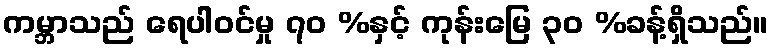
ကမ္ဘာသည် ရေပါဝင်မှု ၇၀ %နှင့် ကုန်းမြေ ၃၀ %ခန့်ရှိသည်။